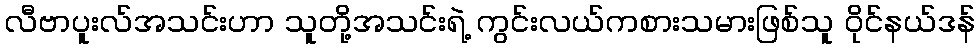
လီဗာပူးလ်အသင်းဟာ သူတို့အသင်းရဲ့ ကွင်းလယ်ကစားသမားဖြစ်သူ ဝိုင်နယ်ဒန်